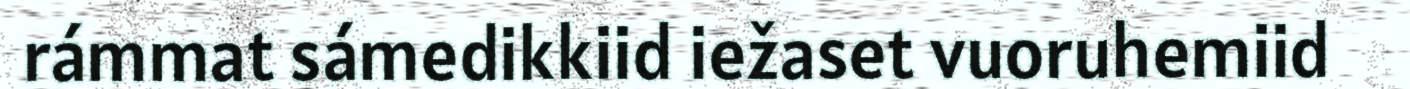
rámmat sámedikkiid iežaset vuoruhemiid